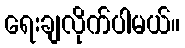
ရေးချလိုက်ပါမယ်။